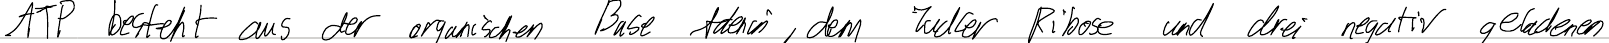
ATP besteht aus der organischen Base Adenin, dem Zucker Ribose und drei negativ geladenen